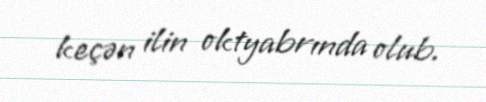
keçən ilin oktyabrında olub.